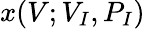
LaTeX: x(V;V_{I},P_{I})